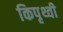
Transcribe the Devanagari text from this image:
किपृथ्वी